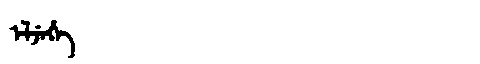
Manchu: ᡝᠯᠵᡝᡥᡝ
Romanization: ELJEHE